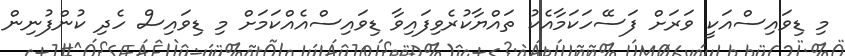
މި ޑިވައިސްއަކީ ވަރަށް ފަސޭހަކަމާއެކު ތައްޔާކުރެވިފައިވާ ޑިވައިސްއެއްކަމަށް މި ޑިވައިސް ހެދި ކުންފުނިން